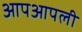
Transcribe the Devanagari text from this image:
आपआपली